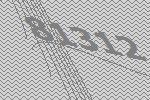
81312